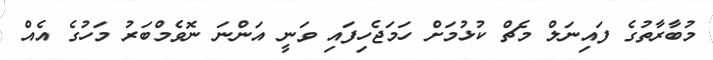
މުބާރާތުގެ ފައިނަލް މެޗް ކުޅުމަށް ހަމަޖެހިފައި ވަނީ އަންނަ ނޮވެމްބަރު މަހުގެ އެއް